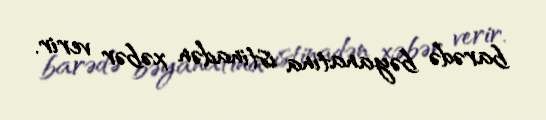
barədə bəyanatına istinadən xəbər verir.